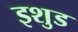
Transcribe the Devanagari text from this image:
इशुड